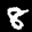
Label: 8